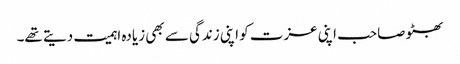
بھٹو صاحب اپنی عزت کو اپنی زندگی سے بھی زیادہ اہمیت دیتے تھے۔